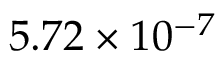
5 . 7 2 \times 1 0 ^ { - 7 }